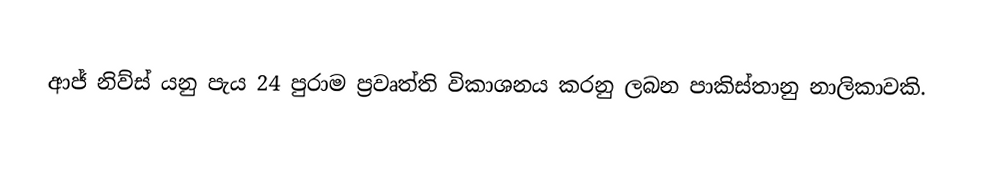
ආජ් නිව්ස් යනු පැය 24 පුරාම ප්‍රවෘත්ති විකාශනය කරනු ලබන පාකිස්තානු නාලිකාවකි.